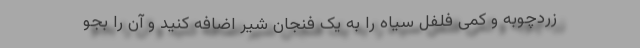
زردچوبه و کمی فلفل سیاه را به یک فنجان شیر اضافه کنید و آن را بجو